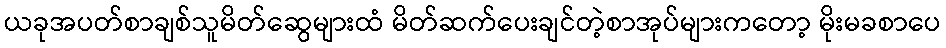
ယခုအပတ်စာချစ်သူမိတ်ဆွေများထံ မိတ်ဆက်ပေးချင်တဲ့စာအုပ်များကတော့ မိုးမခစာပေ